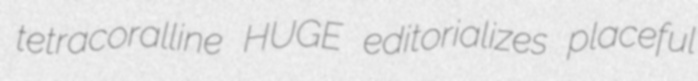
tetracoralline HUGE editorializes placeful